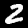
Label: 2